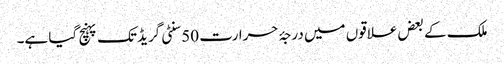
ملک کے بعض علاقوں میں درجۂ حرارت 50 سنٹی گریڈ تک پہنچ گیا ہے۔